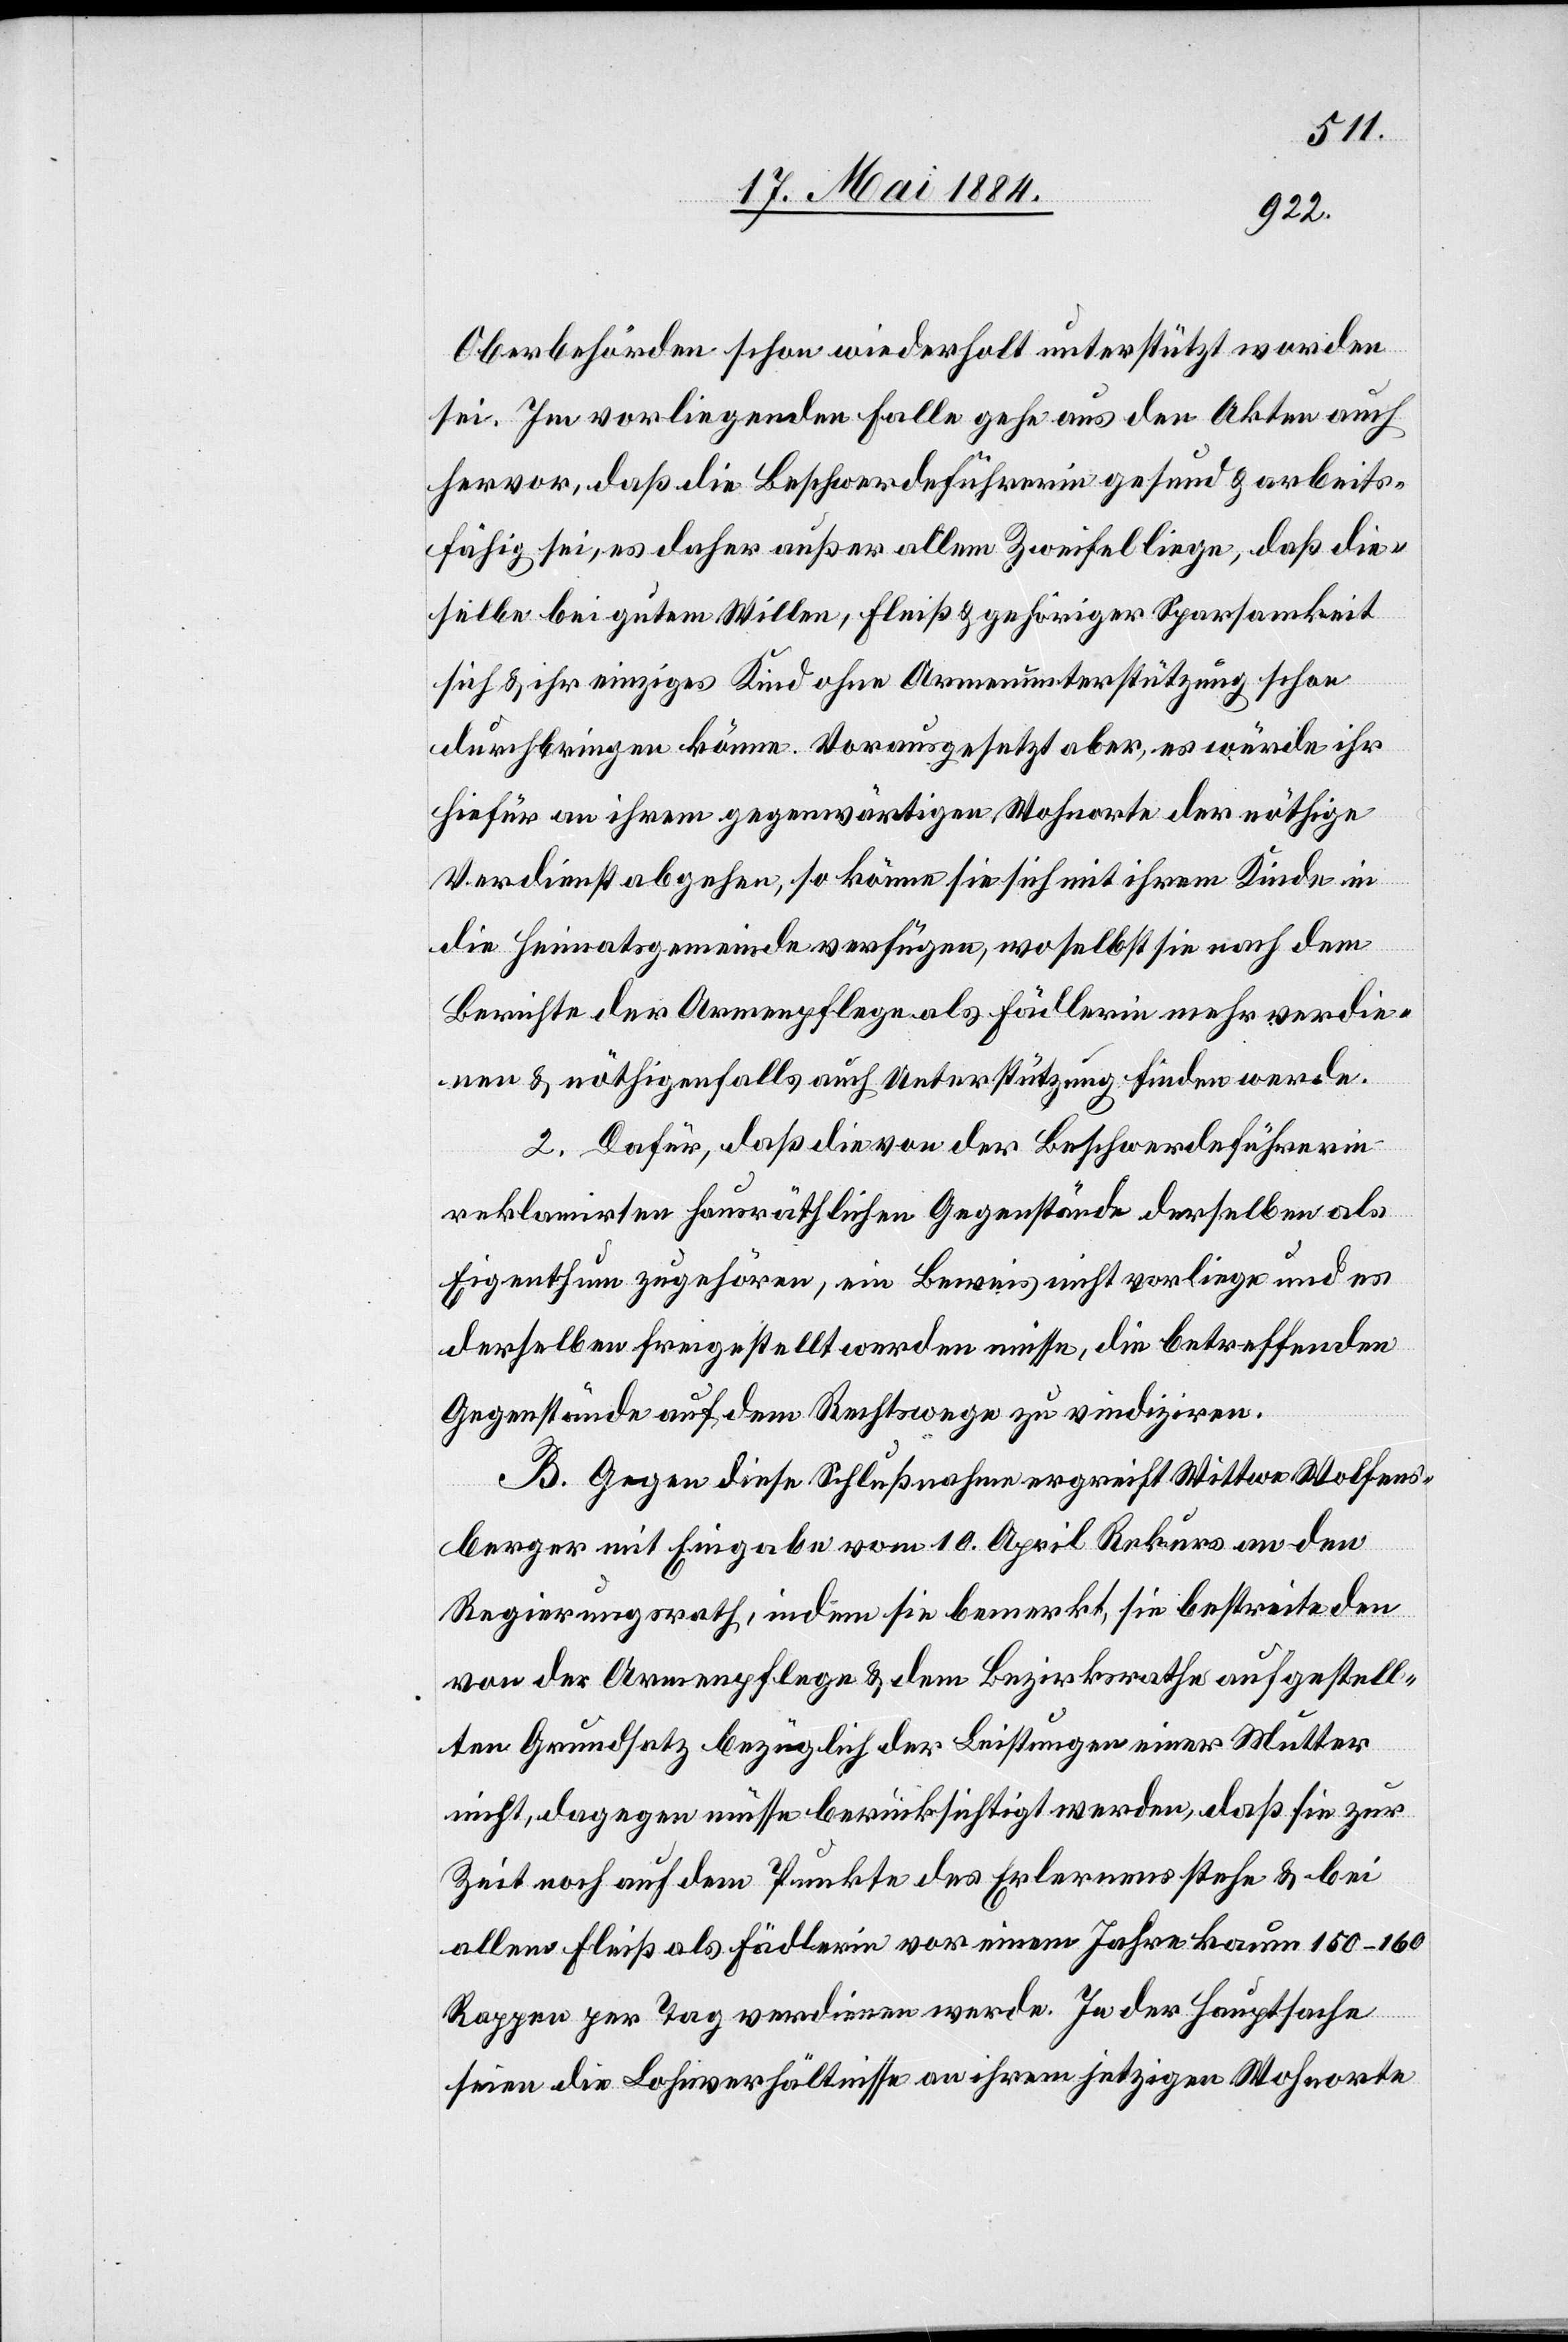
Oberbehörden schon wiederholt unterstützt worden
sei. Im vorliegenden Falle gehe aus den Akten auch
hervor, daß die Beschwerdeführerin gesund & arbeits¬
fähig sei, es daher außer allem Zweifel liege, daß die¬
selbe bei gutem Willen, Fleiß & gehöriger Sparsamkeit
sich & ihr einziges Kind ohne Armenunterstützung schon
durchbringen könne. Vorausgesetzt aber, es würde ihr
hiefür an ihrem gegenwärtigen Wohnorte der nöthige
Verdienst abgehen, so könne sie sich mit ihrem Kinde in
die Heimatsgemeinde verfügen, woselbst sie nach dem
Berichte der Armenpflege als Fädlerin mehr verdie¬
nen & nöthigenfalls auch Unterstützung finden werde.
2. Dafür, daß die von der Beschwerdeführerin
reklamirte hausräthlichen Gegenstände derselben als
Eigenthum zugehören, ein Beweis nicht vorliege und es
derselben freigestellt werden müsse, die betreffenden
Gegenstände auf dem Rechtswege zu vindiziren.
B. Gegen diese Schlußnahme ergreift Wittwe Wolfens¬
berger mit Eingabe vom 10. April Rekurs an den
Regierungsrath, indem sie bemerkt, sie bestreite den
von der Armenpflege & dem Bezirksrathe aufgestell¬
ten Grundsatz bezüglich der Leistungen einer Mutter
nicht, dagegen müsse berücksichtigt werden, daß sie zur
Zeit noch auf dem Punkte des Erlernens stehe & bei
allem Fleiß als Fädlerin vor einem Jahre kaum 150–160
Rappen per Tag verdienen werde. In der Hauptsache
seien die Lohnverhältnisse an ihrem jetzigen Wohnorte